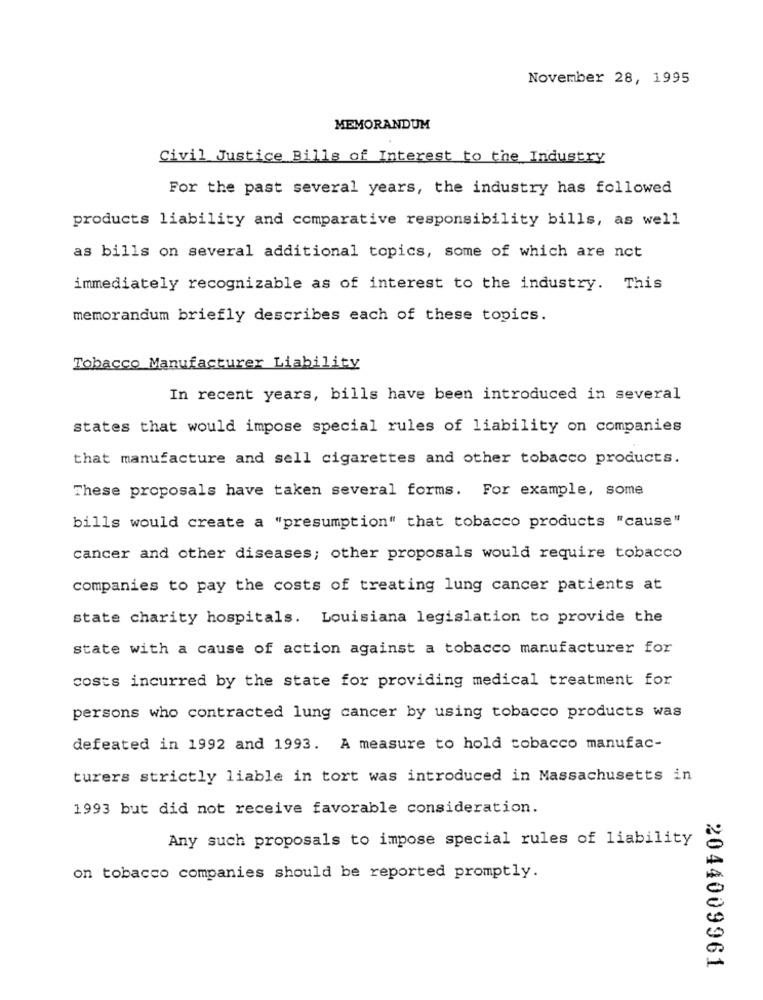
November 28, 1995
MEMORANDUM
Civil Justice Bills of Interest to the Industry
For the past several years, the industry has followed
products liability and comparative responsibility bills, as well
as bills on several additional topics, some of which are not
immediately recognizable as of interest to the industry. This
memorandum briefly describes each of these topics.
Tobacco Manufacturer Liability
In recent years, bills have been introduced in several
states that would impose special rules of liability on companies
that manufacture and sell cigarettes and other tobacco products.
These proposals have taken several forms. For example, some
bills would create a "presumption" that tobacco products "cause"
cancer and other diseases; other proposals would require tobacco
companies to pay the costs of treating lung cancer patients at
state charity hospitals. Louisiana legislation to provide the
state with a cause of action against a tobacco manufacturer for
costs incurred by the state for providing medical treatment for
persons who contracted lung cancer by using tobacco products was
defeated in 1992 and 1993. A measure to hold tobacco manufac-
turers strictly liable in tort was introduced in Massachusetts in
1993 but did not receive favorable consideration.
Any such proposals to impose special rules of liability
on tobacco companies should be reported promptly.
2044009961